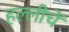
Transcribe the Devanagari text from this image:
हल्लीचें